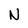
Character: N